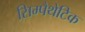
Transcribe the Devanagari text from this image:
सिम्पैथेटिक